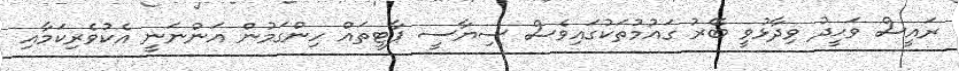
ރައީސް ވަޙީދު ވިދާޅުވީ ބޭރު ގައުމުތަކުގައިވެސް ސިޔާސީ ޕާޓީތައް ހިންގަމުން އަންނަނީ އެކުވެރިކަމާއި